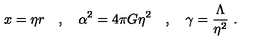
x = \eta r \quad , \quad \alpha ^ { 2 } = 4 \pi G \eta ^ { 2 } \quad , \quad \gamma = \frac { \Lambda } { \eta ^ { 2 } } \ .